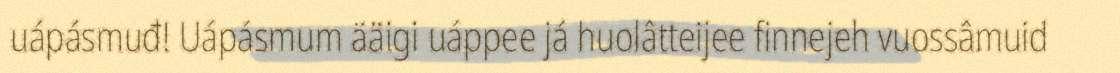
uápásmuđ! Uápásmum ääigi uáppee já huolâtteijee finnejeh vuossâmuid